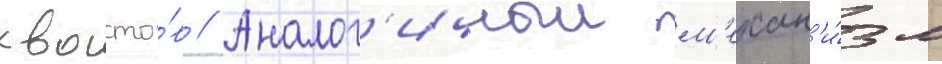
хвосто́в // Аналог'ичныи м'ехан'и́зм